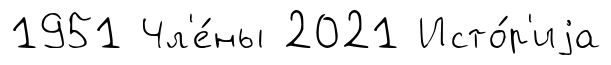
1951 Чл'е́ны 2021 Исто́р'иjа